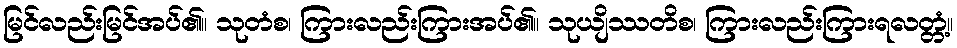
မြင်လည်းမြင်အပ်၏။ သုတံစ၊ ကြားလည်းကြားအပ်၏။ သုယျိဿတိစ၊ ကြားလည်းကြားရလတ္တံ့။